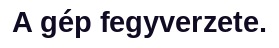
A gép fegyverzete.